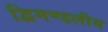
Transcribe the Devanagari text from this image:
द्विमण्डलीय